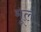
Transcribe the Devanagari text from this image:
मूलं